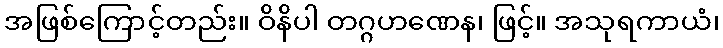
အဖြစ်ကြောင့်တည်း။ ဝိနိပါ တဂ္ဂဟဏေန၊ ဖြင့်။ အသုရကာယံ၊